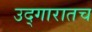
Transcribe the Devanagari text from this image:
उद्गारातच